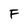
Character: F